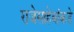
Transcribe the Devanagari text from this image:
राजेसाहेबांकडे